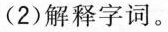
(2)解释字词。